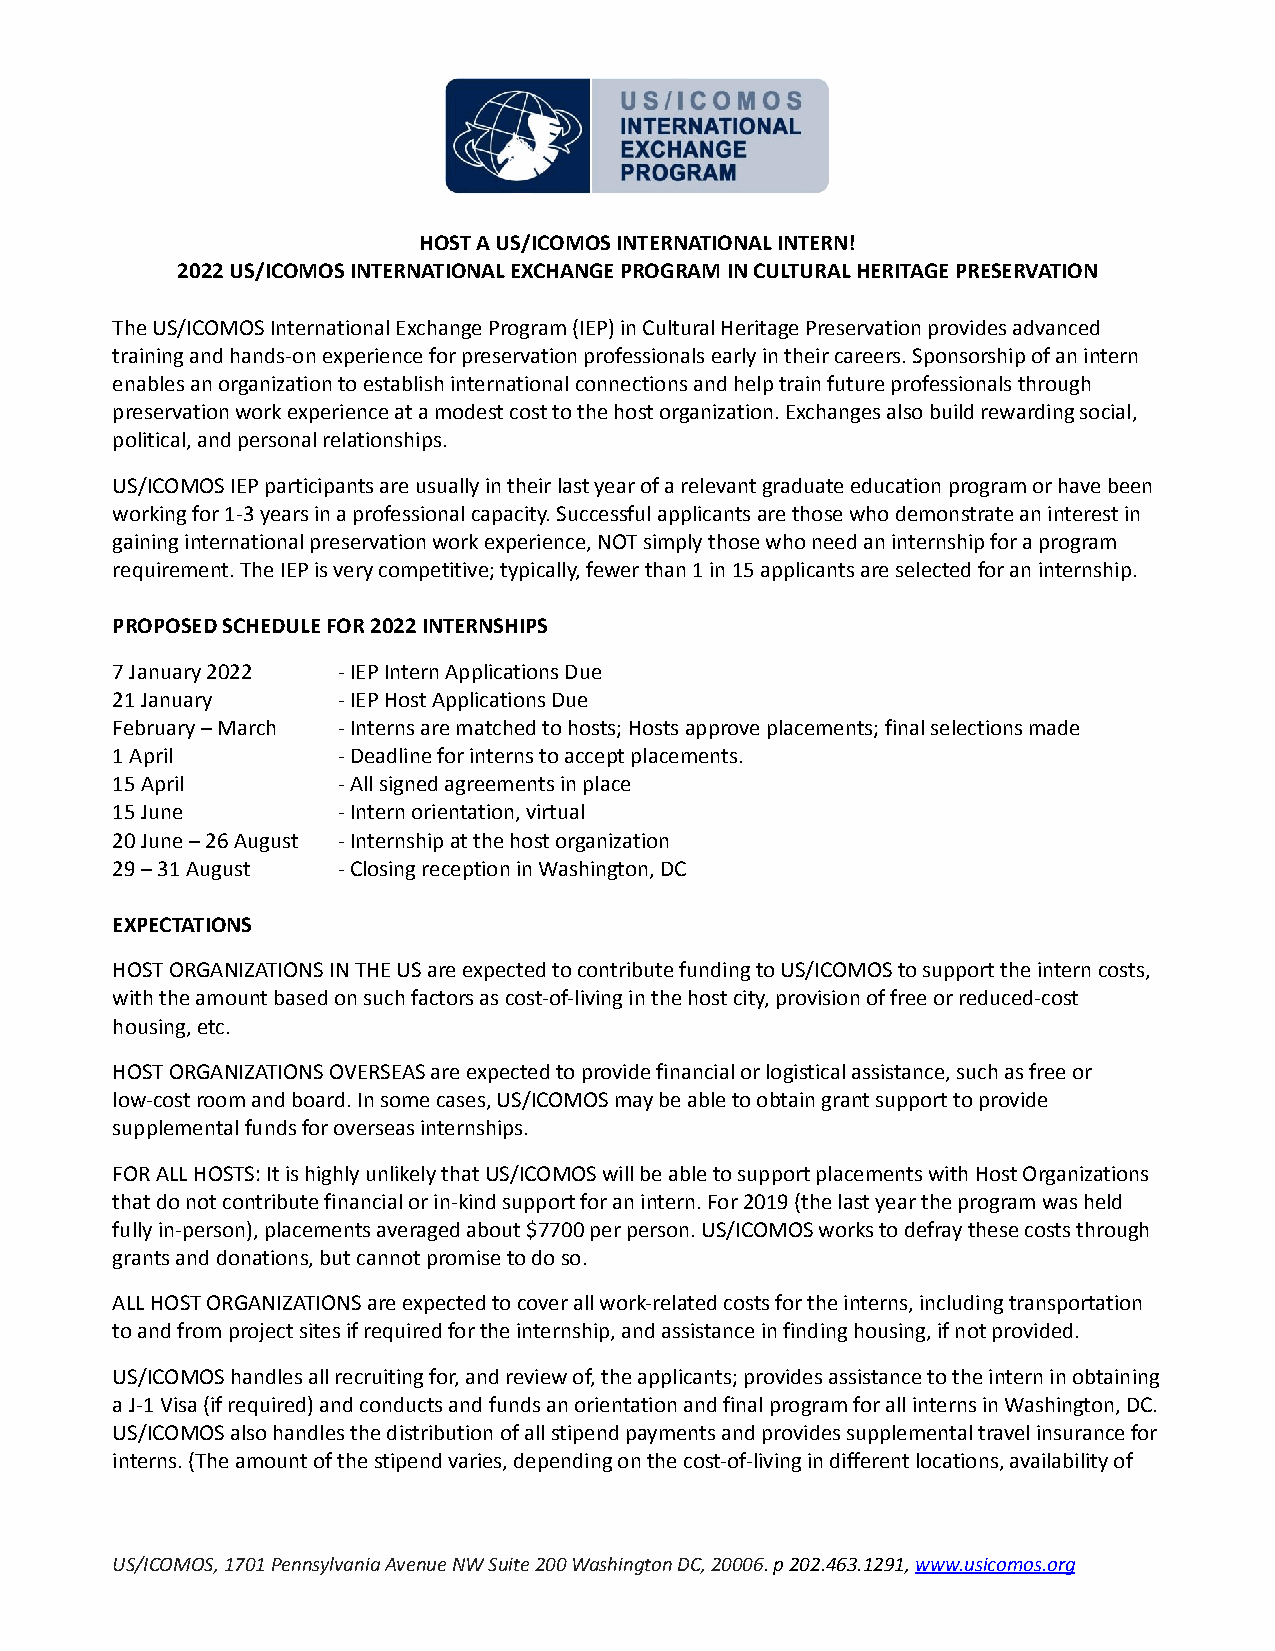
HOST A US/ICOMOS INTERNATIONAL INTERN!
 2022 US/ICOMOS INTERNATIONAL EXCHANGE PROGRAM IN CULTURAL HERITAGE PRESERVATION
 The US/ICOMOS International Exchange Program (IEP) in Cultural Heritage Preservation provides advanced
 training and hands-on experience for preservation professionals early in their careers. Sponsorship of an intern
 enables an organization to establish international connections and help train future professionals through
 preservation work experience at a modest cost to the host organization. Exchanges also build rewarding social,
 political, and personal relationships.
 US/ICOMOS IEP participants are usually in their last year of a relevant graduate education program or have been
 working for 1-3 years in a professional capacity. Successful applicants are those who demonstrate an interest in
 gaining international preservation work experience, NOT simply those who need an internship for a program
 requirement. The IEP is very competitive; typically, fewer than 1 in 15 applicants are selected for an internship.
 PROPOSED SCHEDULE FOR 2022 INTERNSHIPS
 7 January 2022 - IEP Intern Applications Due
 21 January     - IEP Host Applications Due
 February – March - Interns are matched to hosts; Hosts approve placements; final selections made
 1 April        - Deadline for interns to accept placements.
 15 April       - All signed agreements in place
 15 June        - Intern orientation, virtual
 20 June – 26 August - Internship at the host organization
 29 – 31 August - Closing reception in Washington, DC
 EXPECTATIONS
 HOST ORGANIZATIONS IN THE US are expected to contribute funding to US/ICOMOS to support the intern costs,
 with the amount based on such factors as cost-of-living in the host city, provision of free or reduced-cost
 housing, etc.
 HOST ORGANIZATIONS OVERSEAS are expected to provide financial or logistical assistance, such as free or
 low-cost room and board. In some cases, US/ICOMOS may be able to obtain grant support to provide
 supplemental funds for overseas internships.
 FOR ALL HOSTS: It is highly unlikely that US/ICOMOS will be able to support placements with Host Organizations
 that do not contribute financial or in-kind support for an intern. For 2019 (the last year the program was held
 fully in-person), placements averaged about $7700 per person. US/ICOMOS works to defray these costs through
 grants and donations, but cannot promise to do so.
 ALL HOST ORGANIZATIONS are expected to cover all work-related costs for the interns, including transportation
 to and from project sites if required for the internship, and assistance in finding housing, if not provided.
 US/ICOMOS handles all recruiting for, and review of, the applicants; provides assistance to the intern in obtaining
 a J-1 Visa (if required) and conducts and funds an orientation and final program for all interns in Washington, DC.
 US/ICOMOS also handles the distribution of all stipend payments and provides supplemental travel insurance for
 interns. (The amount of the stipend varies, depending on the cost-of-living in different locations, availability of
 US/ICOMOS, 1701 Pennsylvania Avenue NW Suite 200 Washington DC, 20006. p 202.463.1291,www.usicomos.org